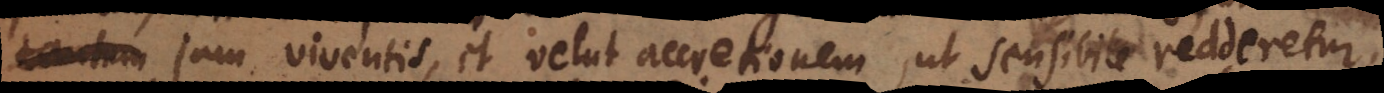
tantum jam viventis, et velut accretionem, ut sensibile redderetur,